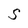
Character: S